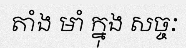
តាំង មាំ ក្នុង សច្ចៈ